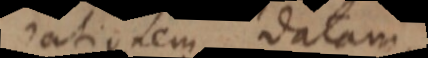
rationem datam,